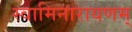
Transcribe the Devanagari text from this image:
स्वामिनारायणम्